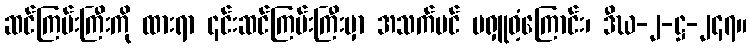
ဆင်ကြမ်းကြီးကို ထားရာ ၎င်းဆင်ကြမ်းကြီးမှာ အသက်ပင် မရှူဝံ့ကြောင်း၊ ဒီဃ-၂-ဋ္ဌ-၂၄၇။